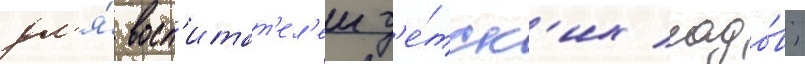
дл'я́ восп'итат'ел'еи д'е́тск'их садо́в;